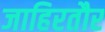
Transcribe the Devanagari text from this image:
जाहिरतौर